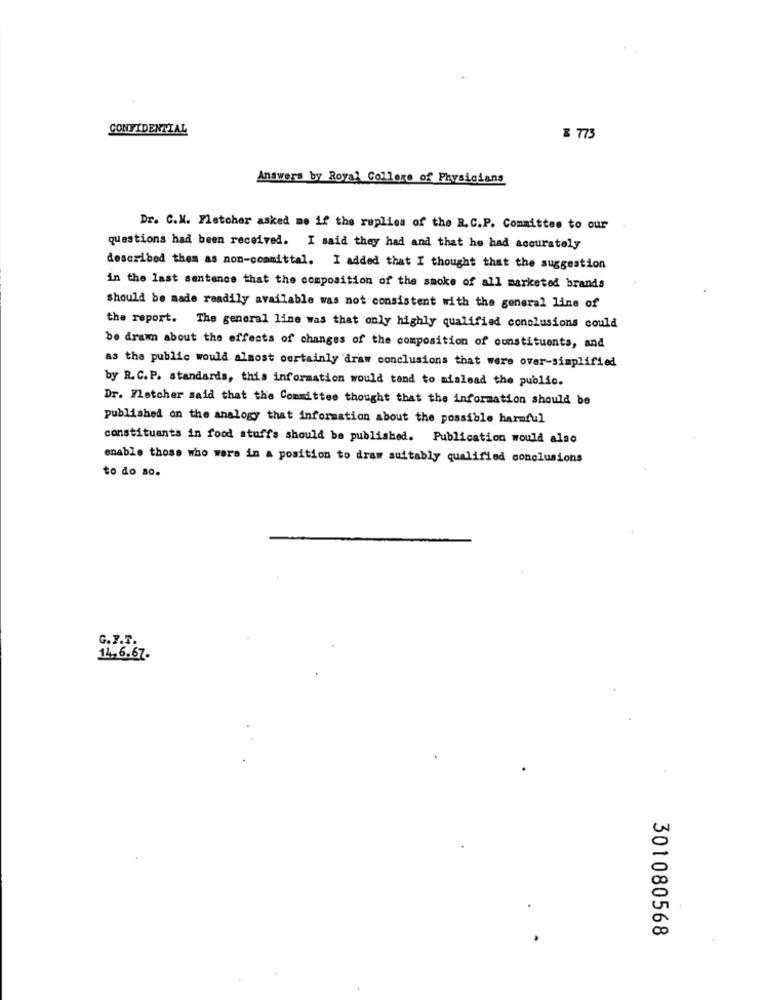
CONFIDENTIAL
& 773
Answers by Royal College of Physicians
Dr. C.M. Fletcher asked me if the replies of the R. C.P. Committee to our
questions had been received. I said they had and that he had accurately
described them as non-committal. I added that I thought that the suggestion
in the last sentence that the composition of the smoke of all marketed brands
should be made readily available was not consistent with the general line of
the report. The general line was that only highly qualified conclusions could
be dram about the effects of changes of the composition of constituents, and
as the public would almost certainly draw conclusions that were over-simplified
by R. C. P. standards, this information would tend to mislead the public.
Dr. Fletcher said that the Committee thought that the information should be
published on the analogy that information about the possible harmful
constituants in food stuffs should be published. Publication would also
enable those who were in a position to draw suitably qualified conclusions
to do so.
G.F.T.
14.6.67.
301080568